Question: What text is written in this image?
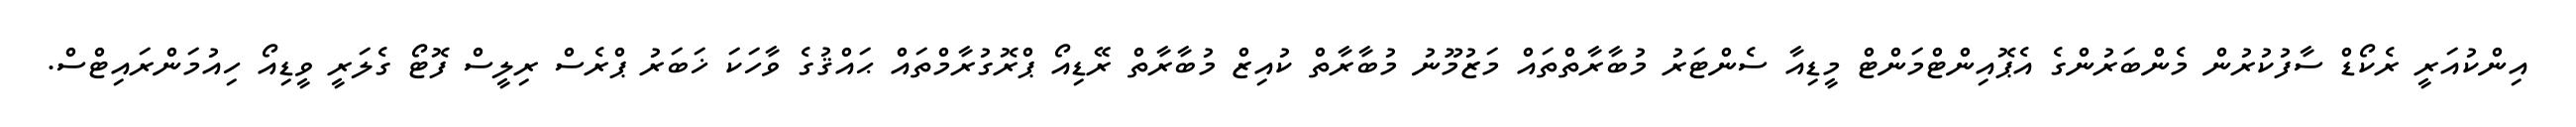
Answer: އިންކުއަރީ ރެކޯޑް ސާފުކުރުން މެންބަރުންގެ އެޕޮއިންޓްމަންޓް މީޑިއާ ސެންޓަރު މުބާރާތްތައް މަޒުމޫނު މުބާރާތް ކުއިޒް މުބާރާތް ރޭޑިއޯ ޕްރޮގުރާމްތައް ޙައްޤުގެ ވާހަކަ ޚަބަރު ޕްރެސް ރިލީސް ފޮޓޯ ގެލަރީ ވީޑިއޯ ހިއުމަންރައިޓްސް.